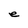
Character: e